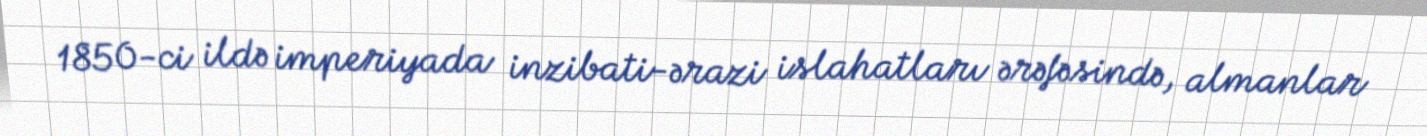
1850-ci ildə imperiyada inzibati-ərazi islahatları ərəfəsində, almanlar